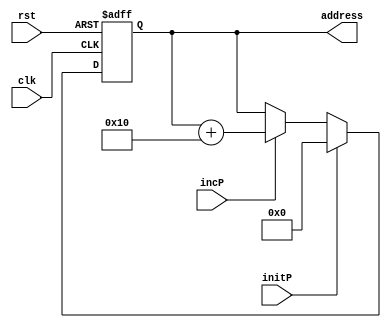
`timescale 1ns/1ns
module SPI_address_Register (
    input clk,
    input rst,
    input initP,
    input incP,
    output [23:0] address
);

    reg [23:0] SPI_address;
    always @(posedge clk, posedge rst) begin
        if (rst)
            SPI_address <= 24'b0;
        else if (initP)
            SPI_address <= 24'b0;
        else if (incP)
            SPI_address <= SPI_address + 24'd16;
    end

    assign address = SPI_address;

endmodule